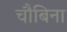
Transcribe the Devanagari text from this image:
चौबिना